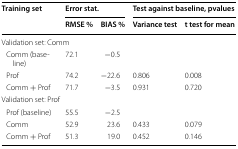
<table><thead><tr><td rowspan="2"><b>Training set</b></td><td colspan="2"><b>Error stat.</b></td><td colspan="2"><b>Test against baseline, pvalues</b></td></tr><tr><td><b>RMSE %</b></td><td><b>BIAS %</b></td><td><b>Variance test</b></td><td><b>t test for mean</b></td></tr></thead><tbody><tr><td colspan="5">Validation set: Comm</td></tr><tr><td> Comm (baseline)</td><td>72.1</td><td>−0.5</td><td></td><td></td></tr><tr><td> Prof</td><td>74.2</td><td>−22.6</td><td>0.806</td><td>0.008</td></tr><tr><td> Comm + Prof</td><td>71.7</td><td>−3.5</td><td>0.931</td><td>0.720</td></tr><tr><td colspan="5">Validation set: Prof</td></tr><tr><td> Prof (baseline)</td><td>55.5</td><td>−2.5</td><td></td><td></td></tr><tr><td> Comm</td><td>52.9</td><td>23.6</td><td>0.433</td><td>0.079</td></tr><tr><td> Comm + Prof</td><td>51.3</td><td>19.0</td><td>0.452</td><td>0.146</td></tr></tbody></table>